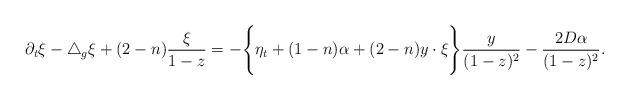
LaTeX: \begin{align*} \partial_t\xi-\triangle_g\xi+(2-n)\frac{\xi}{1-z}=-\Bigg\{\eta_t+(1-n)\alpha+(2-n)y\cdot\xi\Bigg\}\frac{y}{(1-z)^2}-\frac{2D\alpha}{(1-z)^2}. \end{align*}